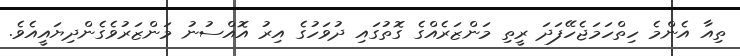
ތިއާ އެންމެ ހިތްހަމަޖެހޭފަދަ ރީތި މަންޒަރެއްގެ ގޮތުގައި ދުވަހުގެ އިރު އޮއްސުނު މަންޒަރުވެގެންދިޔައީއެވެ.